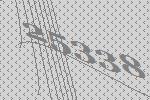
25338